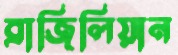
ব্রাজিলিয়ান